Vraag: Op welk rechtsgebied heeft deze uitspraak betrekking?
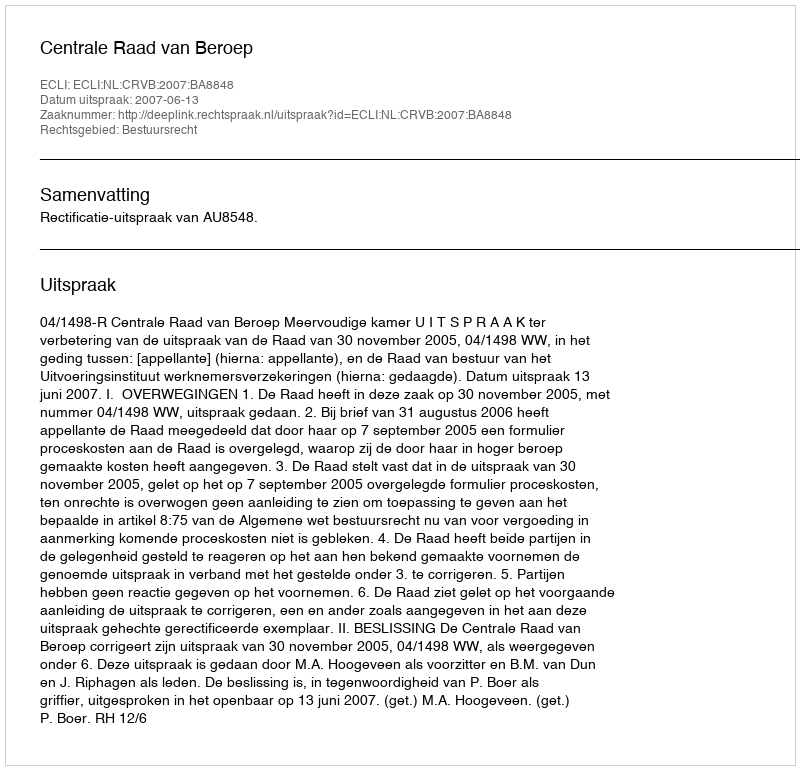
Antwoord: Bestuursrecht